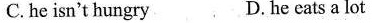
C.he isn't hungry D. he eats a lot